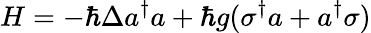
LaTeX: H=-\hbar\Delta a^{\dagger}a+\hbar g(\sigma^{\dagger}a+a^{\dagger}\sigma)